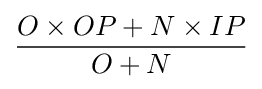
{\frac {O\times OP+N\times IP}{O+N}}